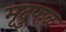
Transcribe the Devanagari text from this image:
मृदुफळ